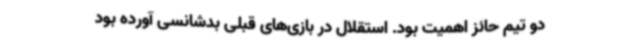
دو تیم حائز اهمیت بود. استقلال در بازی‌های قبلی بدشانسی آورده بود